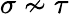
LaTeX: \sigma\nsim\tau